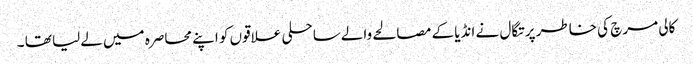
کالی مرچ کی خاطر پرتگال نے انڈیا کے مصالحے والےساحلی علاقوں کو اپنے محاصرہ میں لےلیا تھا ۔